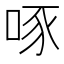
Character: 啄